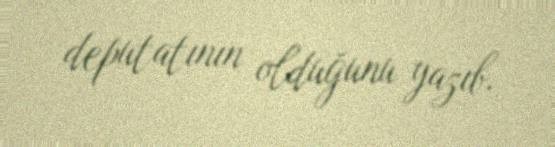
deputatının olduğunu yazıb.